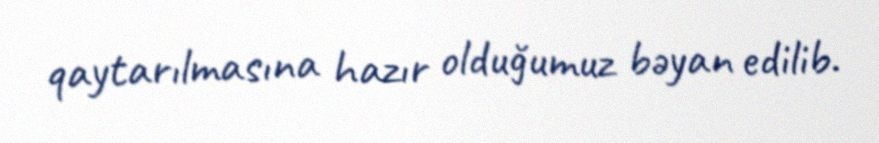
qaytarılmasına hazır olduğumuz bəyan edilib.